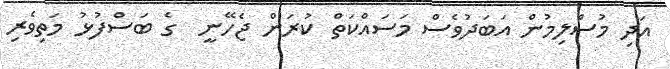
އަދި މުސްލިމުން އަބަދުވެސް މަސައްކަތް ކުރަން ޖެހޭނީ  ގެ ބަސްފުޅު މަތިވެރި